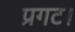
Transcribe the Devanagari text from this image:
प्रगट।